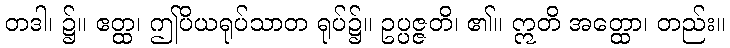
တဒါ၊ ၌။ ဧတ္ထ၊ ဤပိယရုပ်သာတ ရုပ်၌။ ဥပ္ပဇ္ဇတိ၊ ၏။ ဣတိ အတ္ထော၊ တည်း။